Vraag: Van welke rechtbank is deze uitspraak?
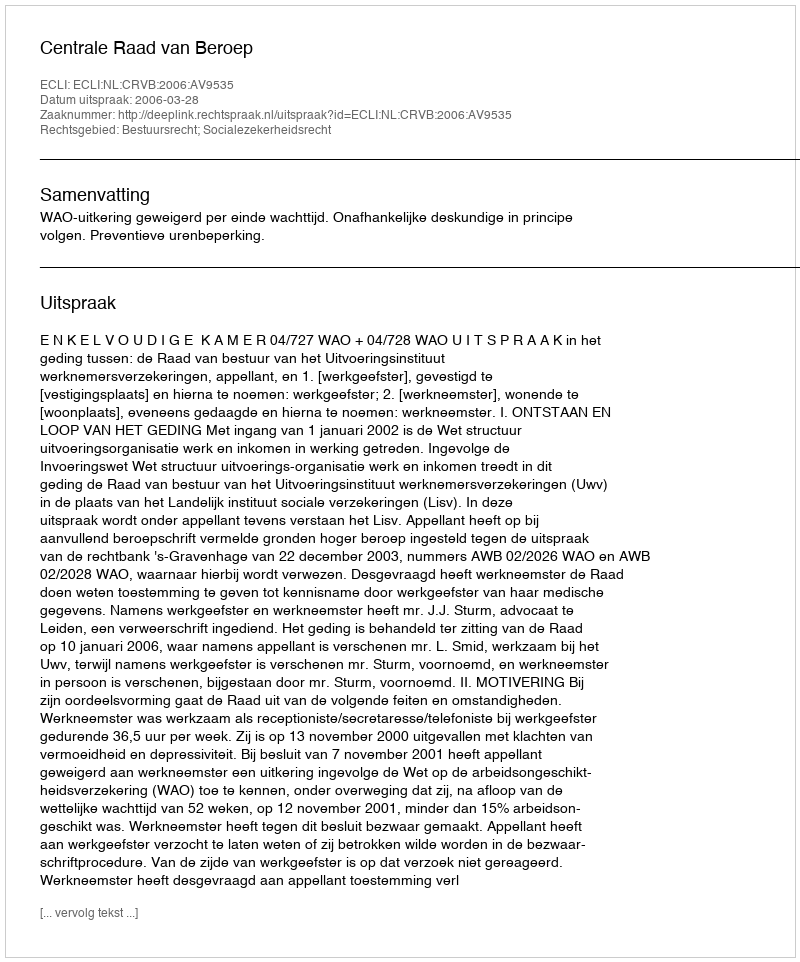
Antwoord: Centrale Raad van Beroep